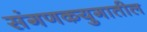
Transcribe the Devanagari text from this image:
संगणकयुगातील